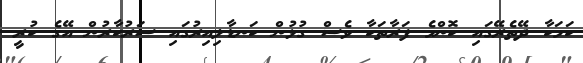
ކަމަކާ ދޭތެރޭގައި ކޮންމެ ފަރާތަކާ ވެސް ގުޅުން ކަނޑާލިއިރުގައި ސަރުކާރުން އޭގެ ކުރީ